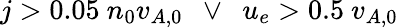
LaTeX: j>0.05\ n_{0}v_{A,0}\ \ \lor\ \ u_{e}>0.5\ v_{A,0}